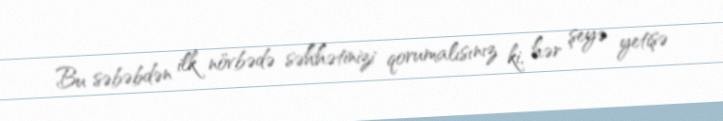
Bu səbəbdən ilk növbədə səhhətinizi qorumalısınız ki, hər şeyə yetişə